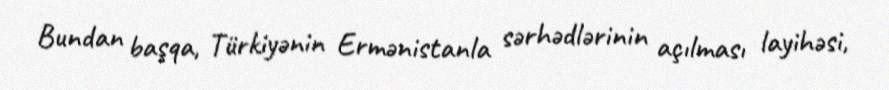
Bundan başqa, Türkiyənin Ermənistanla sərhədlərinin açılması layihəsi,